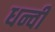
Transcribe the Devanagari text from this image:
धन्वी